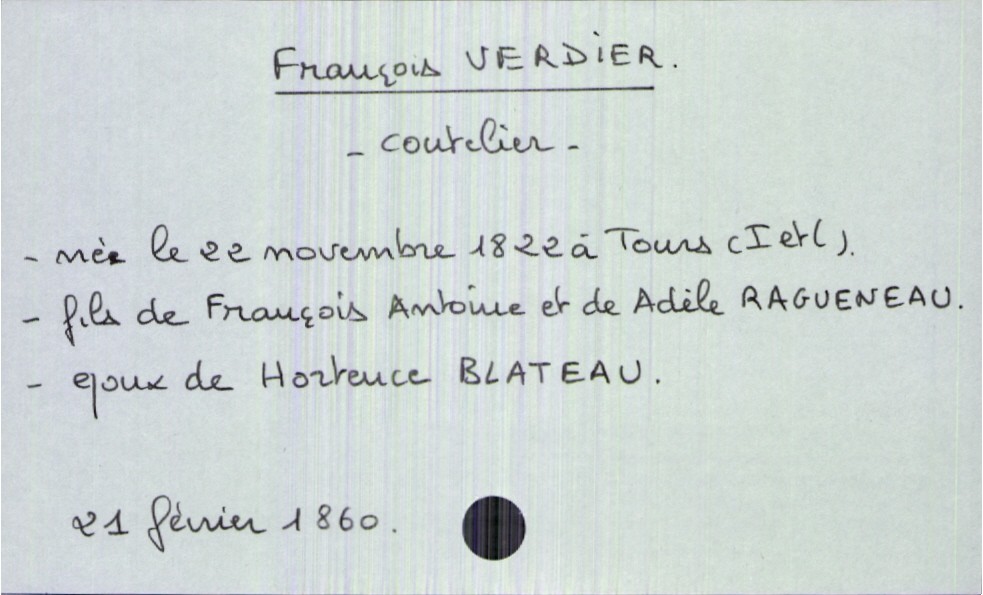
type_acte: Décès
année: 1860
mois: février
jour: 21
défunt_nom: Verdier
défunt_prénom: François
défunt_sexe: H
défunt_profession: coutelier
défunt_date_de_naissance: 22 novembre 1822
défunt_lieu_de_naissance: Tours (Indre et Loire)
défunt_statut: marié(e)
père_défunt_nom: Verdier
père_défunt_prénom: François Antoine
mère_défunt_nom: Ragueneau
mère_défunt_prénom: Adèle